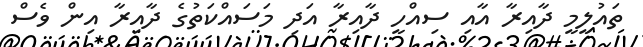
ތައުލީމީ ދާއިރާ އާއި ސިއްހީ ދާއިރާ އަދި މަސައްކަތުގެ ދާއިރާ އިން ވެސް